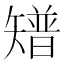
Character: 𥐅